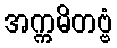
အက္ကမိတဗ္ဗံ